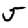
Digit: 5